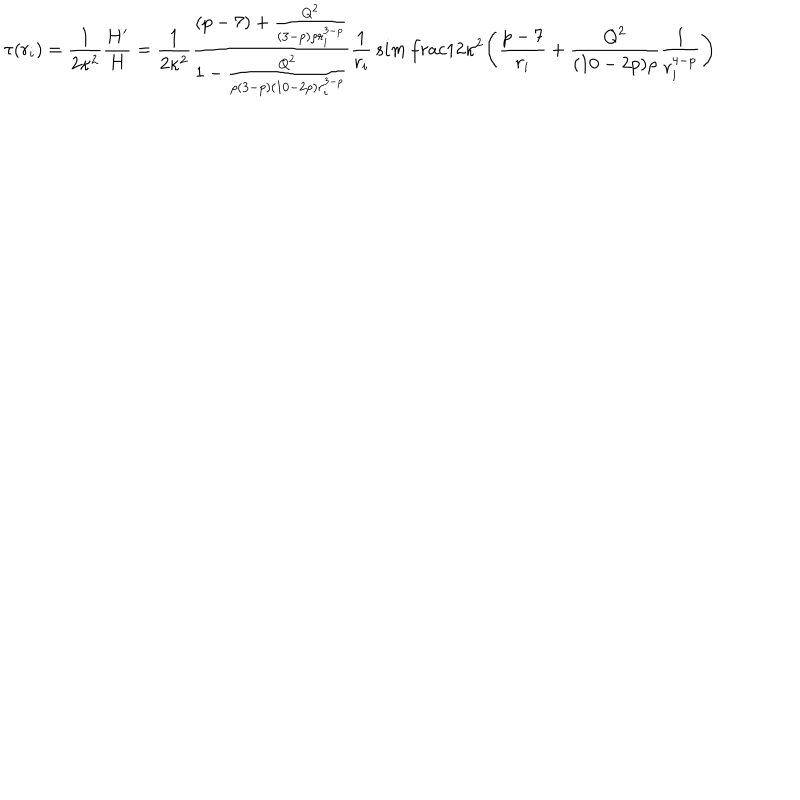
LaTeX: \tau ( r _ { i } ) = \frac { 1 } { 2 \kappa ^ { 2 } } \frac { H ^ { \prime } } { H } = \frac { 1 } { 2 \kappa ^ { 2 } } \frac { ( p - 7 ) + \frac { Q ^ { 2 } } { ( 3 - p ) \rho r _ { i } ^ { 3 - p } } } { 1 - \frac { Q ^ { 2 } } { \rho ( 3 - p ) ( 1 0 - 2 p ) r _ { i } ^ { 3 - p } } } \frac { 1 } { r _ { i } } \, s i m \, \frac { 1 } { 2 \kappa ^ { 2 } } \Bigg ( \frac { p - 7 } { r _ { i } } + \frac { Q ^ { 2 } } { ( 1 0 - 2 p ) \rho } \frac { 1 } { r _ { i } ^ { 4 - p } } \Bigg )